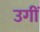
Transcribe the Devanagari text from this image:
उगीं